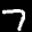
Label: 7